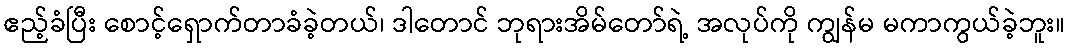
ဧည့်ခံပြီး စောင့်ရှောက်တာခံခဲ့တယ်၊ ဒါတောင် ဘုရားအိမ်တော်ရဲ့ အလုပ်ကို ကျွန်မ မကာကွယ်ခဲ့ဘူး။